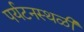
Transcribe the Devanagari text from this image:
पर्यटनस्‍थळी